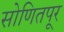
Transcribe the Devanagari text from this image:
सोणितपूर